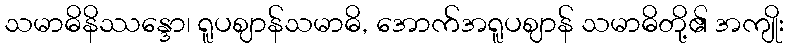
သမာဓိနိဿန္ဒော၊ ရူပဈာန်သမာဓိ, အောက်အရူပဈာန် သမာဓိတို့၏ အကျိုး